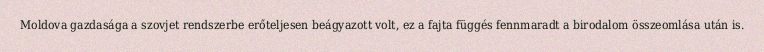
Moldova gazdasága a szovjet rendszerbe erőteljesen beágyazott volt, ez a fajta függés fennmaradt a birodalom összeomlása után is.